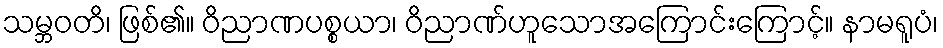
သမ္ဘဝတိ၊ ဖြစ်၏။ ဝိညာဏပစ္စယာ၊ ဝိညာဏ်ဟူသောအကြောင်းကြောင့်။ နာမရူပံ၊